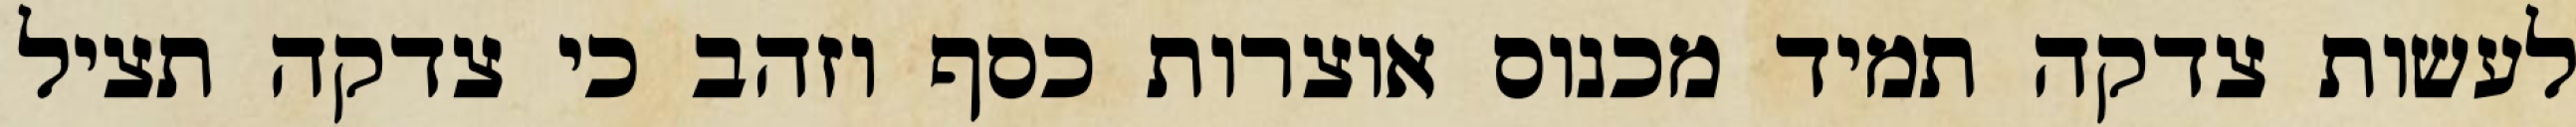
לעשות צדקה תמיד מכנוס אוצרות כסף וזהב כי צדקה תציל